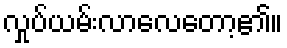
လှုပ်ယမ်းလာလေတော့၏။